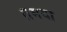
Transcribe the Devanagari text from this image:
तमया